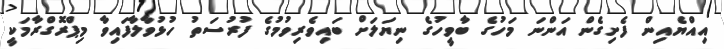
އިއްޔެއިން ފެށިގެން އަންނަ މަހުގެ ބާވީހުގެ ނިޔަލަށް ބައިވެރިވުމުގެ ފުރުސަތު ހުޅުވާލާފައިވާ މިޕްރޮގްރާމަކީ